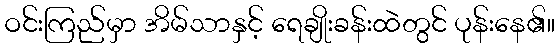
ဝင်းကြည်မှာ အိမ်သာနှင့် ရေချိုးခန်းထဲတွင် ပုန်းနေ၏။